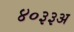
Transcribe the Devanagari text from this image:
४०३३अ